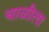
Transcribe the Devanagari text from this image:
चाळीला